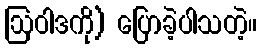
ဩဝါဒကို) ပြောခဲ့ပါသတဲ့။